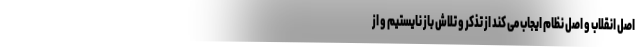
اصل انقلاب و اصل نظام ایجاب می کند از تذکر و تلاش باز نایستیم و از